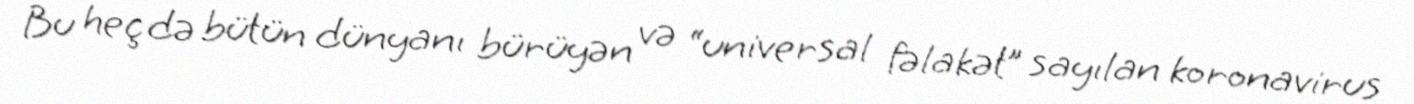
Bu heç də bütün dünyanı bürüyən və “universal fəlakət” sayılan koronavirus